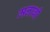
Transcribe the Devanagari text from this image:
मनाबी